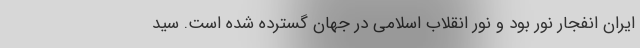
ایران انفجار نور بود و نور انقلاب اسلامی در جهان گسترده شده است. سید